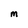
Character: M